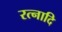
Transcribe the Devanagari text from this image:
रत्नादि